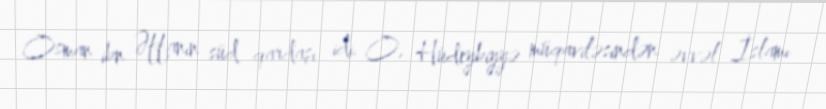
Osman ibn Əffanın süd qardaşı idi. O, Hüdeybiyyə müqaviləsindən əvvəl İslamı